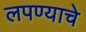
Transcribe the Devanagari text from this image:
लपण्याचे